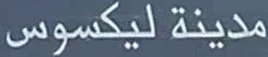
مدينة لیکسوس